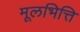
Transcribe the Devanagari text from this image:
मूलभित्ति